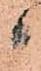
か